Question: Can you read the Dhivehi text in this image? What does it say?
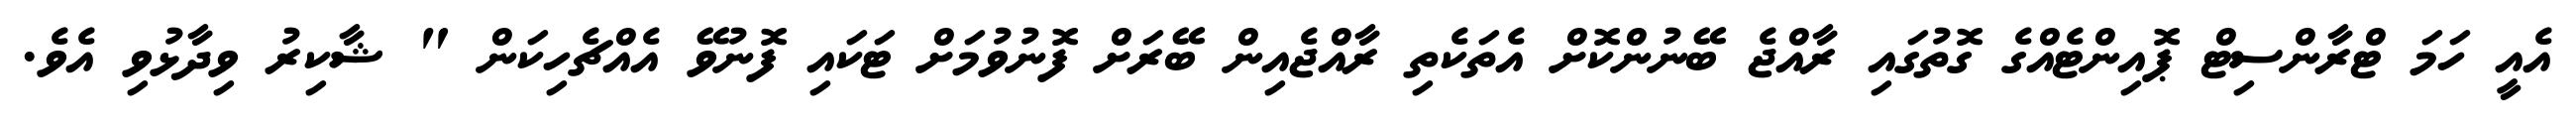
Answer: އެއީ ހަމަ ޓްރާންސިޓް ޕޮއިންޓެއްގެ ގޮތުގައި ރާއްޖެ ބޭނުންކޮށް އެތަކެތި ރާއްޖެއިން ބޭރަށް ފޮނުވުމަށް ޓަކައި ފޮނުވޭ އެއްޗެހިކަން " ޝާކިރު ވިދާޅުވި އެވެ.